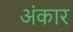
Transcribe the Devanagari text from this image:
अंकार